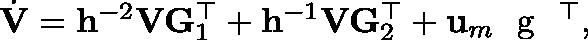
\begin{array} { r } { \dot { \mathbf { V } } = \mathbf { h } ^ { - 2 } \mathbf { V } \mathbf { G } _ { 1 } ^ { \top } + \mathbf { h } ^ { - 1 } \mathbf { V } \mathbf { G } _ { 2 } ^ { \top } + \mathbf { u } _ { m } \textrm { \boldmath { g } } ^ { \top } , } \end{array}